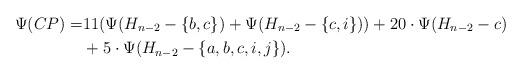
LaTeX: \begin{align*}\Psi (CP) = & 11(\Psi(H_{n-2}-\{b,c\}) + \Psi(H_{n-2}-\{c,i\})) + 20\cdot \Psi (H_{n-2} - c) \\&+ 5\cdot \Psi (H_{n-2}-\{a,b,c,i,j\}).\end{align*}